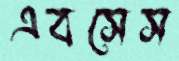
এবসেস